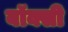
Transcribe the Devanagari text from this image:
बॉक्सी